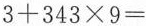
$$3+343\times9=$$